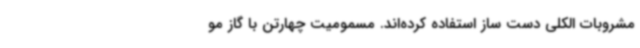
مشروبات الکلی دست‌ ساز استفاده کرده‌اند. مسمومیت چهارتن با گاز مو